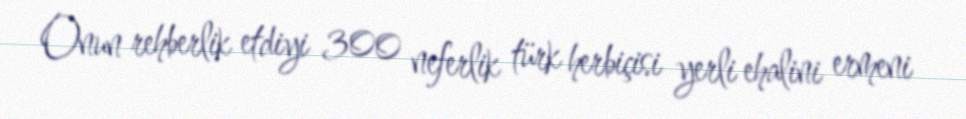
Onun rehberlik etdiyi 300 neferlik türk herbiçisi yerli ehalini ermeni